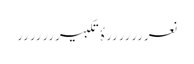
نعرررررررۂ تکبیررررررر